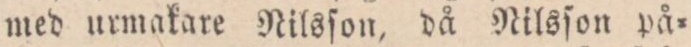
med urmakare Nilsſon, då Nilsſon på-